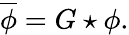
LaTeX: {\overline{{\phi}}}=G\star\phi.